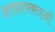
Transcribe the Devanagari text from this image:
आवाश्‍यकताओं